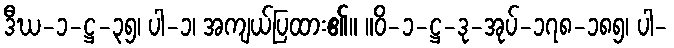
ဒီဃ-၁-ဋ္ဌ-၃၅၊ ပါ-၁၊ အကျယ်ပြထား၏။ ။ဝိ-၁-ဋ္ဌ-ဒု-အုပ်-၁၇၈-၁၈၅၊ ပါ-